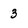
Character: 3